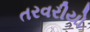
તરવરીયો